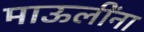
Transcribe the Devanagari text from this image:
माऊलींना